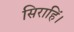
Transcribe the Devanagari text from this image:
सिराहिं।